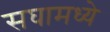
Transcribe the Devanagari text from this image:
सघामध्ये